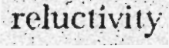
reluctivity